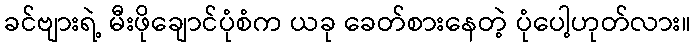
ခင်ဗျားရဲ့ မီးဖိုချောင်ပုံစံက ယခု ခေတ်စားနေတဲ့ ပုံပေါ့ဟုတ်လား။